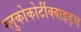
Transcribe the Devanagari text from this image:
ग्लुकोकोर्टीक्वाइड्स